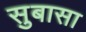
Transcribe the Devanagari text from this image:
सुबासा